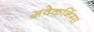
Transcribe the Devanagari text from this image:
अवेकनिंग्स